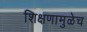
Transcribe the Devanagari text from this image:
शिक्षणामुळेच